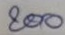
200